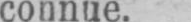
connue.